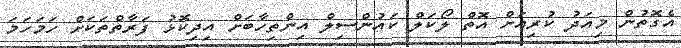
އެގޮތުން މިއަދު ކުރިއަށް އޮތް ލޯކަލް ކައުންސިލް އިންތިހާބަށް އިދިކޮޅު ފަރާތްތަކަށް ހަމަހަމަ